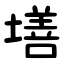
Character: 墡